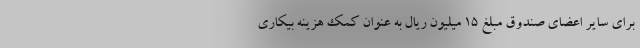
برای سایر اعضای صندوق مبلغ ۱۵ میلیون ریال به عنوان کمک هزینه بیکاری